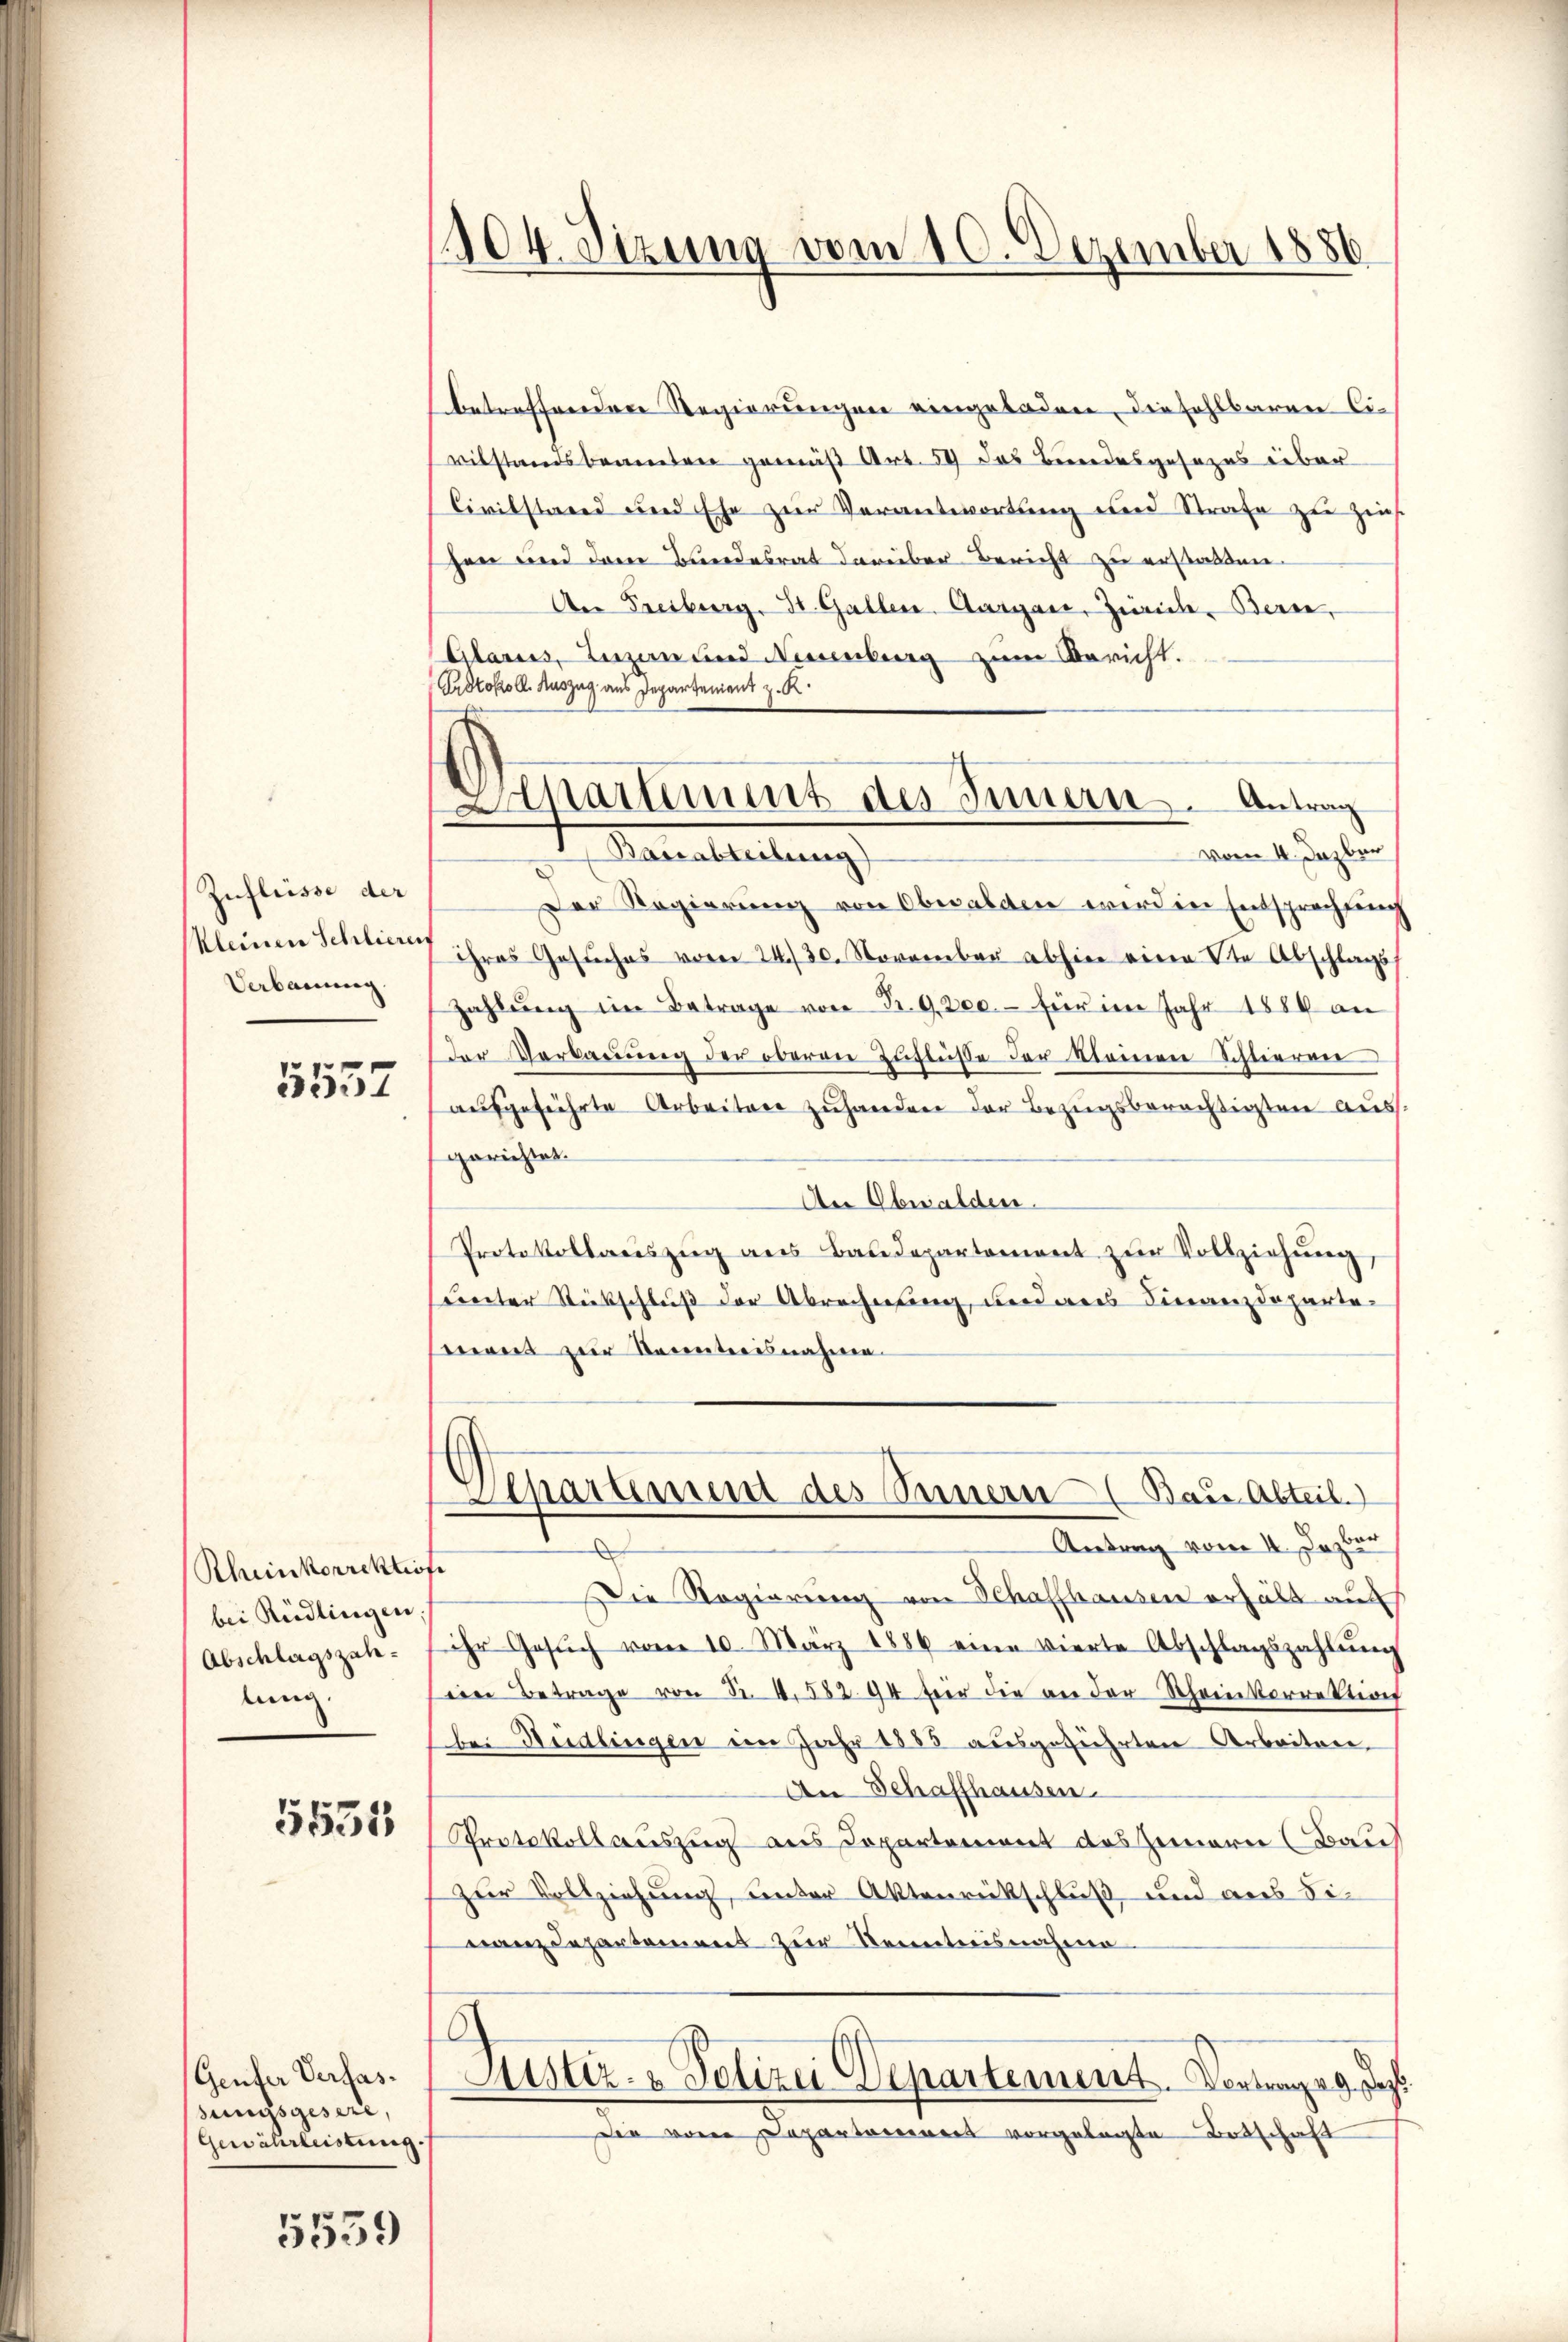
Zuflüsse der
Kleinen Schlieren
Verbauung

5557

Rheinkorrektio
bei Rüdlingen
Abschlagszahlung

5535

Geufer Verfassungsgeseze,
Gewährleistung.

5559

904. Sizung vom 10. Dezember 1886

Aepartement des Innern. Antrag

Separtement des Seinern (Bau Abteil.
Antrag vom I. Dezber
¬

betreffenden Regierungen eingeladen, die fehlbaren Ci-
vilstandsbeamten gemäß Art. 59 das Bundesgesezes über
Civilstand und Ehe zur Verantwortung und Strafe zu zieh
hen und dem Bundesrat darüber Bericht zu erstatten.
An Freiburg, St. Gallen. Aargare, Zürich, Berne,
Glarus, Luzen und Neuenburg zum Bericht.
Protokoll. Auszug aus Departement z. K.
Marielleitung
vom 4. Dazber
Der Regierung von Obwalden werden Entsprechung
ihres Gesuches vom 24./30. November abhin eine die Abschlags
zahlŭng im Betrage von Fr. 9. 200.- für im Jahr 1884 an
der Verbaŭŭng der oberen Zuflüsse der Kleinen Schlieren
ausgeführte Arbeiten zuhanden der Bezugsberechtigten aus.
gerichtet.
An Obwalden.
Protokollauszug aus Baudepartement zŭr Vollziehung,
unter Rückschluß der Abrechnung und aus Finanzdepartemont zur Kenntnisnahme.

Die Regierung von Schaffhausen erhält auf
ihr Gesŭch vom 10. März 1886 eine vierte Abschlagszahlŭng
ein Betrage von Sr. 4. 582. 94 für die an der Scheinkorrektion
bei Rüdlingen im Jahr 1883 ausgeführten Arbeiten,
An Schaffhausen.
Protokollauszug aus Departement des Zeinern (Bauch
zur Vollziehung, unter Aktenrückschluß und aus dinanzdepartement zur Kenntnisnahme.
Justiz- & Polizei Departement. Vortrage des
ie von Departoniert vorgelegte Botschaft